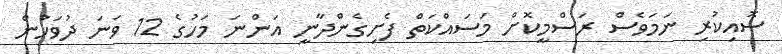
ސޮއިކުރި ނަމަވެސް ރަސްމީކޮށް މަސައްކަތް ފެށިގެންދާނީ އަންނަ މަހުގެ 12 ވަނަ ދުވަހުން